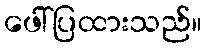
ဖေါ်ပြထားသည်။